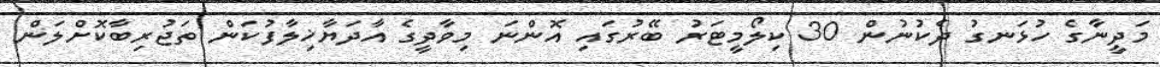
މަދީނާގެ ހުޅަނގު ދެކުނުން 30 ކިލޯމީޓަރު ބޭރުގައި އޮންނަ މިވާދީގެ އާދަޔާޚިލާފުކަން ތަޖުރިބާކޮށްލަން